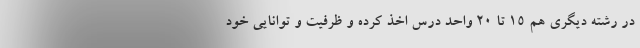
در رشته دیگری هم ۱۵ تا ۲۰ واحد درس اخذ کرده و ظرفیت و توانایی خود